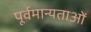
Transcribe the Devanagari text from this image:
पूर्वमान्यताओं